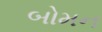
બોમન